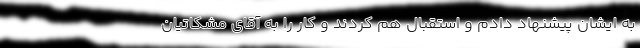
به ایشان پیشنهاد دادم و استقبال هم کردند و کار را به آقای مشکاتیان